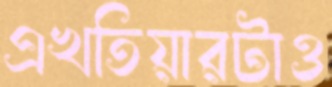
এখতিয়ারটাও